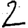
Digit: 2